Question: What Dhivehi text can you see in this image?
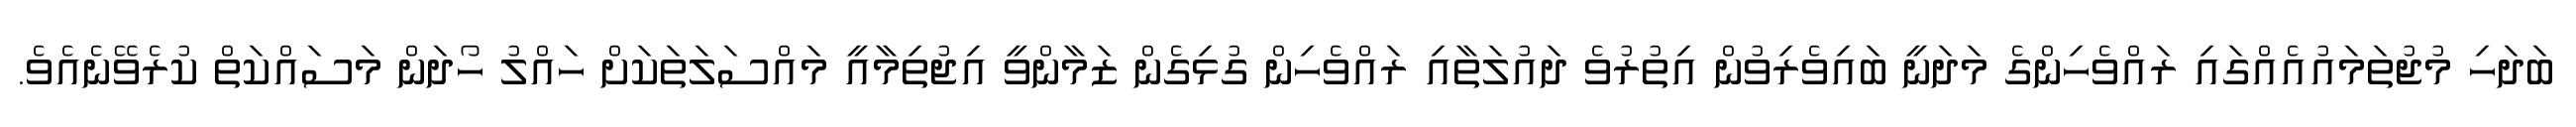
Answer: ބަދަހި މުޖުތަމައުއެއްގައި ރައްވެހިންގެ މަދަނީ ބައިވެރިވުން އިތުރުވެ ދައުލަތާއި ރައްވެހިން ގުޅިގެން ޒަމާންވީ އިޖުތިމާއީ މައްސަލަތަކަށް ހައްލު ހޯދަން މަސައްކަތް ކުރެވޭނެއެވެ.